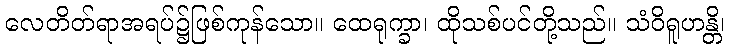
လေတိတ်ရာအရပ်၌ဖြစ်ကုန်သော။ ထေရုက္ခာ၊ ထိုသစ်ပင်တို့သည်။ သံဝိရူဟန္တိ၊